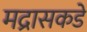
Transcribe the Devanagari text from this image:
मद्रासकडे